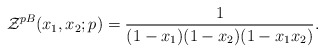
\begin{align*}{\cal Z}^{pB}(x_1,x_2;p)= \frac{1}{(1-x_1)(1-x_2)(1-x_1x_2)}.\end{align*}